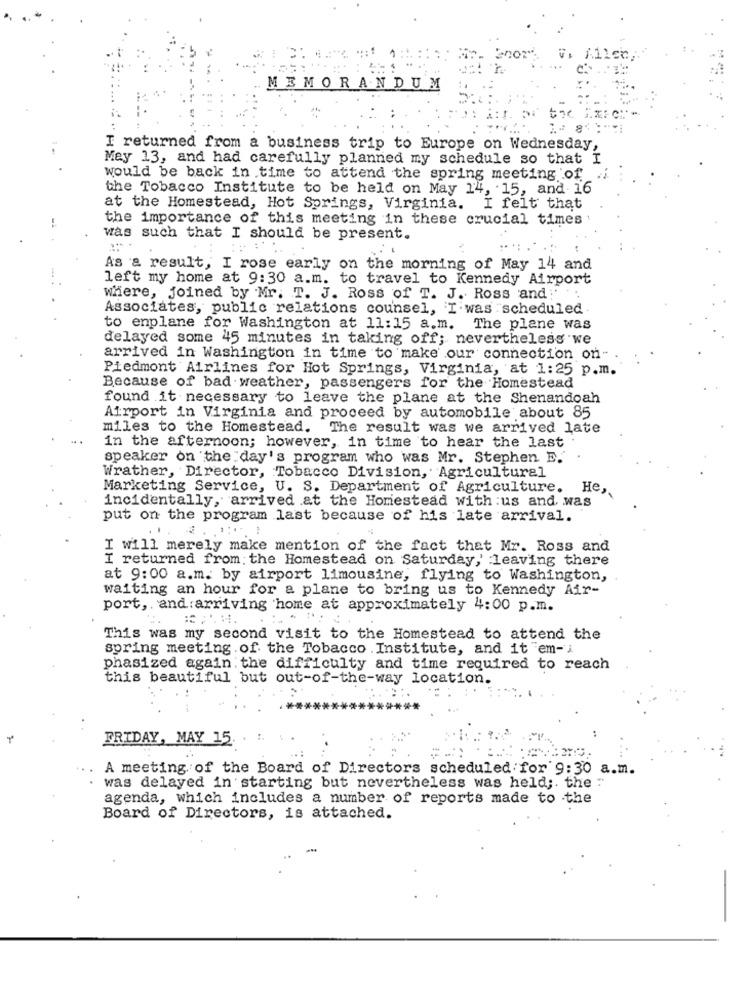
V. 1116℃
MEMORANDUM
I returned from a business trip to Europe on Wednesday,
Mey 13, and had carefully planned my schedule so that I
would be back in time to attend the spring meeting of
the Tobacco Institute to be held on May 14, 15, and 16
at the Homestead, Hot Springs, Virginia. I felt that
-
the importance of this meeting in these crucial times
Was such that I should be present.
As a result, I rose early on the morning of May 14 and
left my home at 9:30 a.m. to travel to Kennedy Airport
where, joined by Mr. T. J. Ross of T. J. Ross and:"
Associates, public relations counsel, I was scheduled
to enplane for Washington at 11:15 a.m. The plane was
delayed some 45 minutes in taking off; nevertheless we
arrived in Washington in time to make our connection on-
Piedmont Airlines for Hot Springs, Virginia, at 1:25 p.m.
Because of bad weather, passengers for the Homestead
found it necessary to leave the plane at the Shenandoah
Airport in Virginia and proceed by automobile about 85
miles to the Homestead. The result was we arrived late
in the afternoon; however, in time to hear the last .
speaker on the day's program who was Mr. Stephen E.
Wrather, Director, Tobacco Division, Agricultural
Marketing Service, U. S. Department of Agriculture.
incidentally, arrived at the Homestead with :us and, was
He,
put on the program last because of his late arrival.
I will merely make mention of the fact that Mr. Ross and
I returned from the Homestead on Saturday,' leaving there
at 9:00 a.m. by airport limousine, flying to Washington,
waiting an hour for a plane to bring us to Kennedy Air-
port,and:arriving home at approximately 4:00 p.m.
This was my second visit to the Homestead to attend the
spring meeting of the Tobacco .Institute, and it "em-i
phasized again the difficulty and time required to reach
this beautiful but out-of-the-way location.
FRIDAY, MAY 15.
A meeting of the Board of Directors scheduled for 9:30 a.m.
was delayed in starting but nevertheless was held ;. the ."
agenda, which includes a number of reports made to the
Board of Directors, is attached.